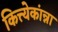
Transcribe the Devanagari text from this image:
कित्त्येकांन्ना